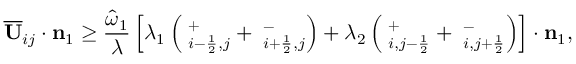
\overline { { \mathbf { U } } } _ { i j } \cdot \mathbf { n } _ { 1 } \ge \frac { \widehat { \omega } _ { 1 } } { \lambda } \left[ \lambda _ { 1 } \left( { \bf \Pi } _ { i - \frac { 1 } { 2 } , j } ^ { + } + { \bf \Pi } _ { i + \frac { 1 } { 2 } , j } ^ { - } \right) + \lambda _ { 2 } \left( { \bf \Pi } _ { i , j - \frac { 1 } { 2 } } ^ { + } + { \bf \Pi } _ { i , j + \frac { 1 } { 2 } } ^ { - } \right) \right] \cdot \mathbf { n } _ { 1 } ,